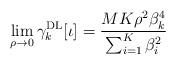
LaTeX: \begin{align*}\lim_{\rho\to 0}\gamma_k^\mathrm{DL}[\iota] = \frac{MK\rho^2\beta_{k}^4}{\sum_{i=1}^{K}\beta_{i}^2}\end{align*}